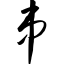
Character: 串